Vaccination Hyderabad 1890-1903 - 1890-1903
Year: 1890
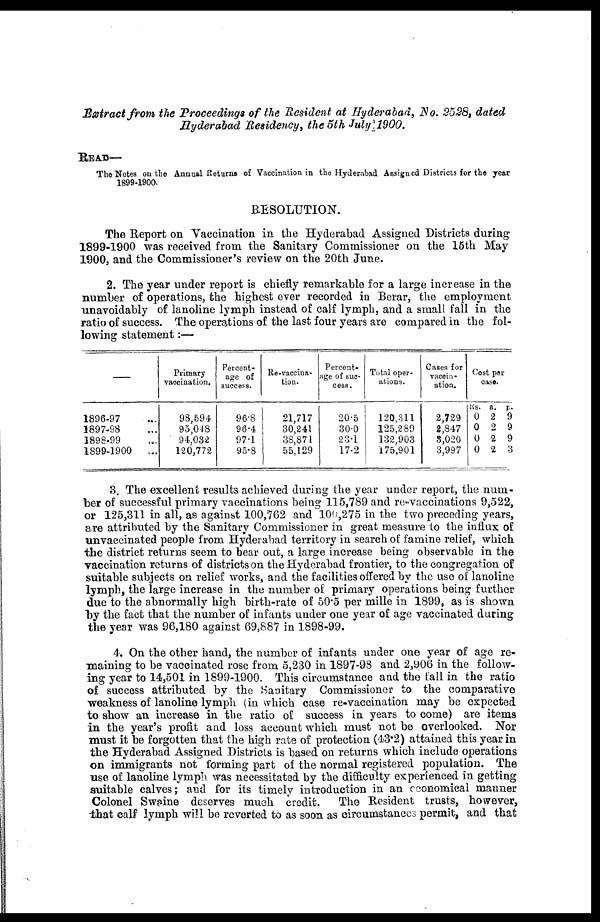
Extract from the Proceedings of the Resident at Hyderabad, No. 2528, dated
Hyderabad Residency, the 5th July 1900.
READ—
The Notes on the Annual Returns of Vaccination in the Hyderabad Assigned Districts for the year
1899-1900.
RESOLUTION.
The Report on Vaccination in the Hyderabad Assigned Districts during
1899-1900 was received from the Sanitary Commissioner on the 15th May
1900, and the Commissioner's review on the 20th June.
2. The year under report is chiefly remarkable for a large increase in the
number of operations, the highest ever recorded in Berar, the employment
unavoidably of lanoline lymph instead of calf lymph, and a small fall in the
ratio of success. The operations of the last four years are compared in the fol-
lowing statement:—
—
1896-97 ...
1897-98 ...
1898-99 ...
1899-1900
...
Primary
vaccination.
98,594
95,048
94,032
120,772
Percent-
age of
success.
96.8
96.4
97.1
95.8
Re-vaccina-
tion.
21,717
30,241
38,871
55,129
Percent-
age of suc-
cess.
20.5
30.0
23.1
17.2
Total oper-
ations.
120,311
125,289
132,903
175,901
Cases for
vaccin-
ation.
2,729
2,847
3,020
3,997
Cost per
case.
Rs.
0
0
0
0
a.
2
2
2
2
p.
9
9
9
3
3. The excellent results achieved during the year under report, the num-
ber of successful primary vaccinations being 115,789 and re-vaccinations 9,522,
or 125,311 in all, as against 100,762 and 100,275 in the two preceding years,
are attributed by the Sanitary Commissioner in great measure to the influx of
unvaccinated people from Hyderabad territory in search of famine relief, which
the district returns seem to bear out, a large increase being observable in the
vaccination returns of districts on the Hyderabad frontier, to the congregation of
suitable subjects on relief works, and the facilities offered by the use of lanoline
lymph, the large increase in the number of primary operations being further
due to the abnormally high birth-rate of 50.5 per mille in 1899, as is shown
by the fact that the number of infants under one year of age vaccinated during
the year was 96,180 against 69,887 in 1898-99.
4. On the other hand, the number of infants under one year of age re-
maining to be vaccinated rose from 5,230 in 1897-98 and 2,906 in the follow-
ing year to 14,501 in 1899-1900. This circumstance and the fall in the ratio
of success attributed by the Sanitary Commissioner to the comparative
weakness of lanoline lymph (in which case re-vaccination may be expected
to show an increase in the ratio of success in years to come) are items
in the year's profit and loss account which must not be overlooked. Nor
must it be forgotten that the high rate of protection (43.2) attained this year in
the Hyderabad Assigned Districts is based on returns which include operations
on immigrants not forming part of the normal registered population. The
use of lanoline lymph was necessitated by the difficulty experienced in getting
suitable calves; and for its timely introduction in an economical manner
Colonel Swaine deserves much credit.
The Resident trusts, however,
that calf lymph will be reverted to as soon as circumstances permit, and that